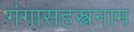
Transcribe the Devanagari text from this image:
गंगासहस्त्रनाम